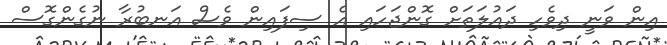
އިން ވަނީ ދިވެހި ދައުލަތަށް ގޮންޖަހައި އެ ސިފައިން ވެސް އަނބުރާ ނުގެންގޮސް